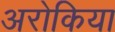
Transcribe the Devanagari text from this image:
अरोकिया